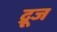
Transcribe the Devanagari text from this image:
द्रूज